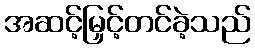
အဆင့်မြှင့်တင်ခဲ့သည်